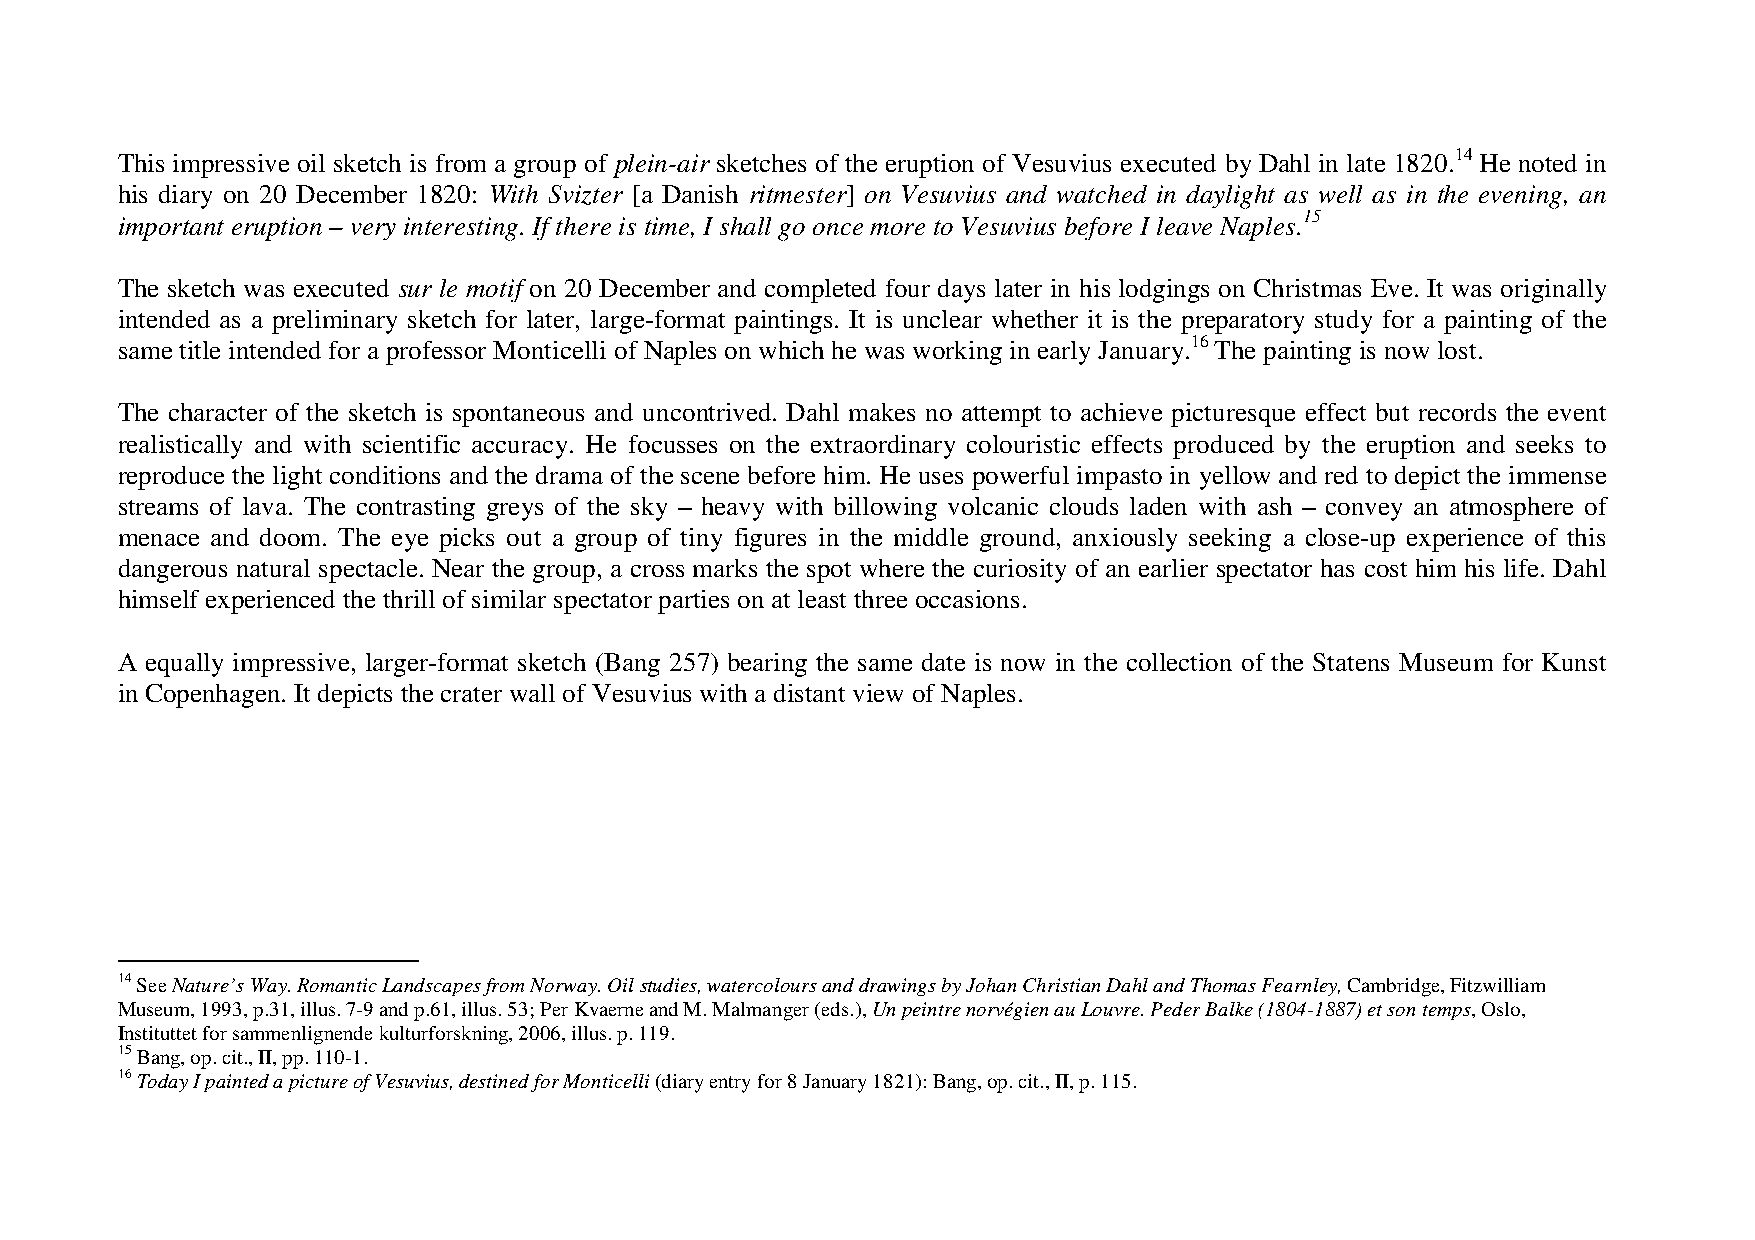
This impressive oil sketch is from a group of plein-air sketches of the eruption of Vesuvius executed by Dahl in late 1820.14 He noted in
 his diary on 20 December 1820: With Svizter [a Danish ritmester] on Vesuvius and watched in daylight as well as in the evening, an
 important eruption – very interesting. If there is time, I shall go once more to Vesuvius before I leave Naples.15
 The sketch was executed sur le motif on 20 December and completed four days later in his lodgings on Christmas Eve. It was originally
 intended as a preliminary sketch for later, large-format paintings. It is unclear whether it is the preparatory study for a painting of the
 same title intended for a professor Monticelli of Naples on which he was working in early January.16 The painting is now lost.
 The character of the sketch is spontaneous and uncontrived. Dahl makes no attempt to achieve picturesque effect but records the event
 realistically and with scientific accuracy. He focusses on the extraordinary colouristic effects produced by the eruption and seeks to
 reproduce the light conditions and the drama of the scene before him. He uses powerful impasto in yellow and red to depict the immense
 streams of lava. The contrasting greys of the sky – heavy with billowing volcanic clouds laden with ash – convey an atmosphere of
 menace and doom. The eye picks out a group of tiny figures in the middle ground, anxiously seeking a close-up experience of this
 dangerous natural spectacle. Near the group, a cross marks the spot where the curiosity of an earlier spectator has cost him his life. Dahl
 himself experienced the thrill of similar spectator parties on at least three occasions.
 A equally impressive, larger-format sketch (Bang 257) bearing the same date is now in the collection of the Statens Museum for Kunst
 in Copenhagen. It depicts the crater wall of Vesuvius with a distant view of Naples.
 14 See Nature’s Way. Romantic Landscapes from Norway. Oil studies, watercolours and drawings by Johan Christian Dahl and Thomas Fearnley, Cambridge, Fitzwilliam
 Museum, 1993, p.31, illus. 7-9 and p.61, illus. 53; Per Kvaerne and M. Malmanger (eds.), Un peintre norvégien au Louvre. Peder Balke (1804-1887) et son temps, Oslo,
 Instituttet for sammenlignende kulturforskning, 2006, illus. p. 119.
 15 Bang, op. cit., II, pp. 110-1.
 16 Today I painted a picture of Vesuvius, destined for Monticelli (diary entry for 8 January 1821): Bang, op. cit., II, p. 115.